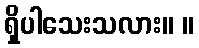
ရှိပါသေးသလား။ ။